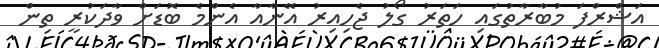
އަޝްރްފަ މުބާރާތުގައި ހަތަރު ގޯލު ޖެހިއިރު އޭނާއާ އެންމެ ބޮޑަށް ވާދަކުރީ ތިން